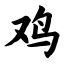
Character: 鸡